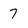
Character: 7